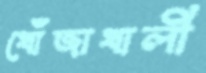
খোঁজাখালী